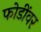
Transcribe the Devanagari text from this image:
फोडींवर